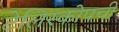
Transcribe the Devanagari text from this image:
टेलिस्कोपची